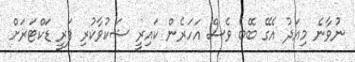
ނުވާނެ މިއަދު އެގޭ ބޭބެ ވެސް އަހަރެން ކައިރީ ޝަކުވާކުރި ފަރީ ޑަކްޓަރަށް